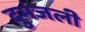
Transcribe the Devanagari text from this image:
दुमंजली